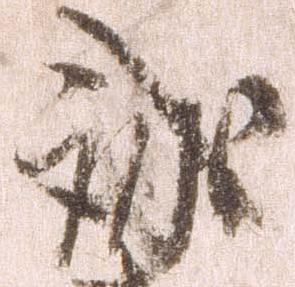
誠